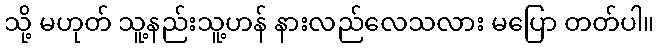
သို့ မဟုတ် သူ့နည်းသူ့ဟန် နားလည်လေသလား မပြော တတ်ပါ။